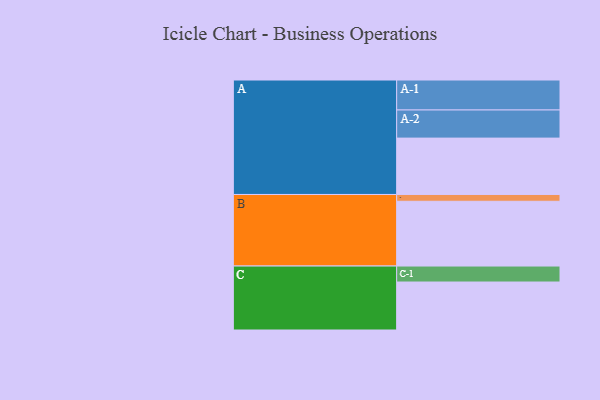
{"axis": {"x": "Segment", "y": "Value"}, "legend": ["", "A", "B", "C"], "data": [{"x": "A", "y": 423, "type": ""}, {"x": "B", "y": 486, "type": ""}, {"x": "C", "y": 360, "type": ""}, {"x": "A-1", "y": 225, "type": "A"}, {"x": "A-2", "y": 211, "type": "A"}, {"x": "B-1", "y": 51, "type": "B"}, {"x": "C-1", "y": 120, "type": "C"}]}